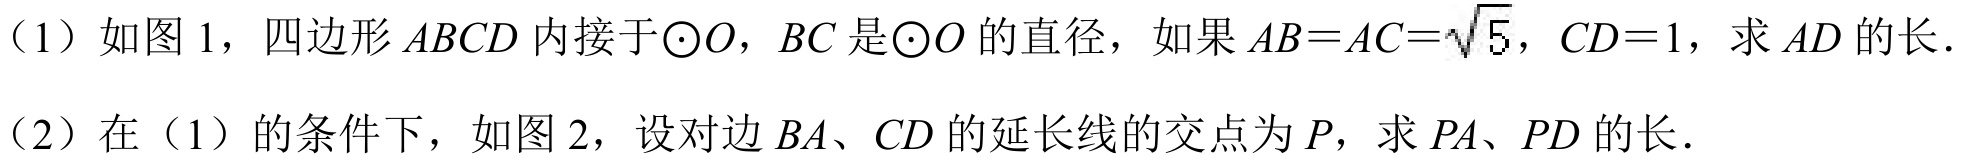
（1）如图 1，四边形\(ABCD\)内接于\(\odot O\)，\(BC\)是\(\odot O\)的直径，如果\(AB = AC=\sqrt{5}\)，\(CD = 1\)，求\(AD\)的长．
（2）在（1）的条件下，如图 2，设对边\(BA\)、\(CD\)的延长线的交点为\(P\)，求\(PA\)、\(PD\)的长．